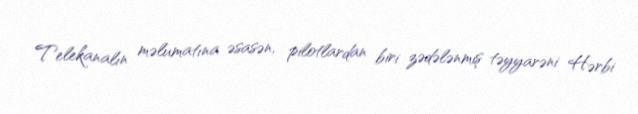
Telekanalın məlumatına əsasən, pilotlardan biri zədələnmiş təyyarəni Hərbi